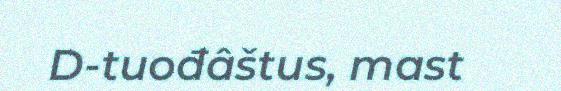
D-tuođâštus, mast